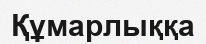
Құмарлыққа